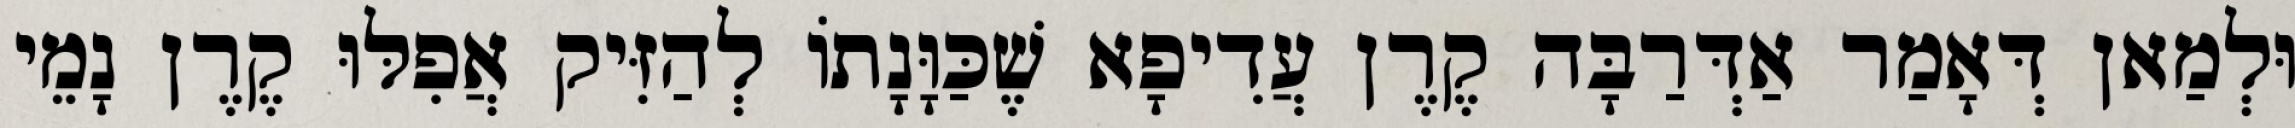
וּלְמַאן דְּאָמַר אַדְּרַבָּה קֶרֶן עֲדִיפָא שֶׁכַּוָּנָתוֹ לְהַזִּיק אֲפִלּוּ קֶרֶן נָמֵי